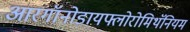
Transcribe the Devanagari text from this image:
आरगॉनोडायफ्लोरोमिथॅनियम